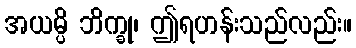
အယမ္ပိ ဘိက္ခု၊ ဤရဟန်းသည်လည်း။